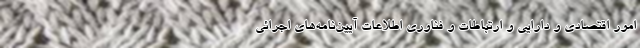
امور اقتصادی و دارایی و ارتباطات و فناوری اطلاعات آیین‌نامه‌های اجرائی